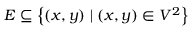
E \subseteq \left\{ ( x , y ) \mid ( x , y ) \in V ^ { 2 } \right\}